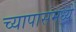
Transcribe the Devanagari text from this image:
च्यापासमध्ये